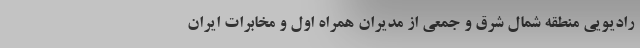
رادیویی منطقه شمال شرق و جمعی از مدیران همراه اول و مخابرات ایران